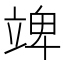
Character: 䇑